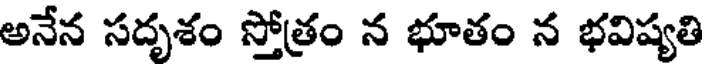
అనేన సదృశం స్తోత్రం న భూతం న భవిష్యతి